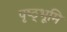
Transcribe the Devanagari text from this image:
पृष्ठ्भूमि